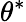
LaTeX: \theta^{\ast}